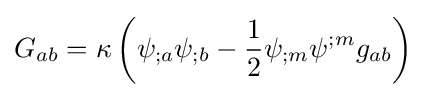
G_{ab}=\kappa \left(\psi _{;a}\psi _{;b}-{\frac {1}{2}}\psi _{;m}\psi ^{;m}g_{ab}\right)